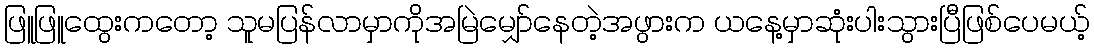
ဖြူဖြူထွေးကတော့ သူမပြန်လာမှာကိုအမြဲမျှော်နေတဲ့အဖွားက ယနေ့မှာဆုံးပါးသွားပြီဖြစ်ပေမယ့်